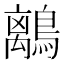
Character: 𪅆